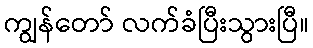
ကျွန်တော် လက်ခံပြီးသွားပြီ။